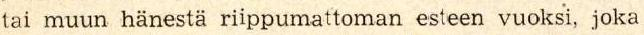
tai muun hänestä riippumattoman esteen vuoksi, joka